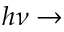
h \nu \rightarrow